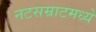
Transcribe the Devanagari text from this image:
नटसम्राटमध्ये